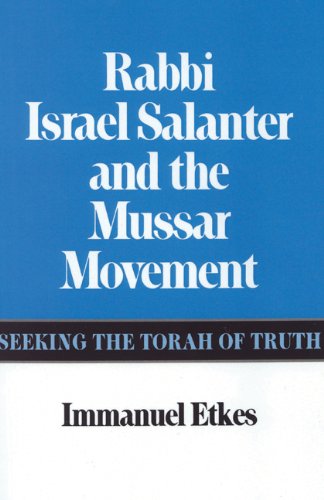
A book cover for Rabbi Israel Salanter and the Mussar Movement: Seeking the Torah of Truth; Immanuel Etkes; Biographies & Memoirs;